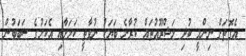
އެގޮތަށް ނިންމީ ކުދި މަޝްރޫއުތައް ކުރާނެ ބަޔަކު ނުވާތީ ކަމަށާއި އެކަމުގެ ސަބަބުން